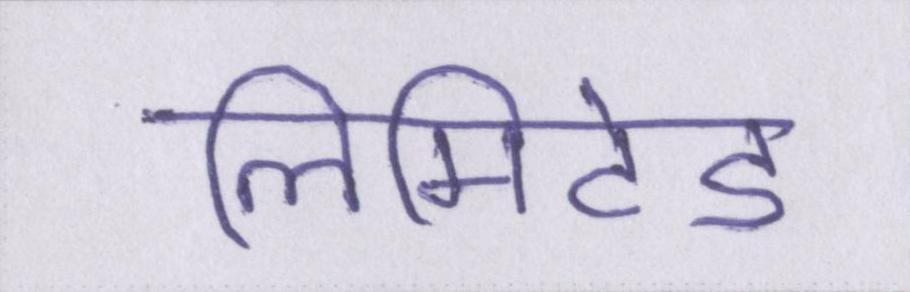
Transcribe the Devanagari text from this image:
लिमिटेड